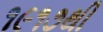
૧૯૧૭થી